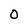
Character: 0